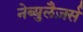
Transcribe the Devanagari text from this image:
नेब्युलैज़र्स